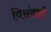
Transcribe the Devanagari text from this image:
विसंवाही